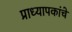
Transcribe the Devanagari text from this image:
प्राध्यापकांचे